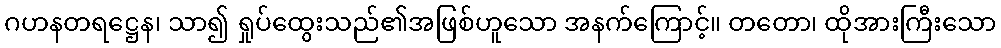
ဂဟနတရဋ္ဌေန၊ သာ၍ ရှုပ်ထွေးသည်၏အဖြစ်ဟူသော အနက်ကြောင့်။ တတော၊ ထိုအားကြီးသော